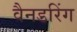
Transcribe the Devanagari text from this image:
वैनडरिंग